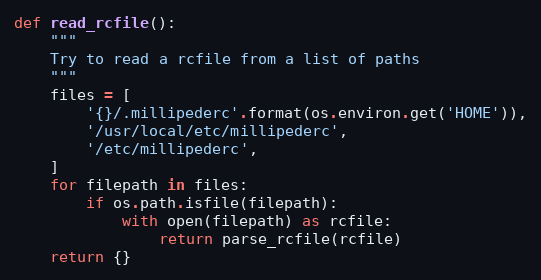
Language: Python
def read_rcfile():
    """
    Try to read a rcfile from a list of paths
    """
    files = [
        '{}/.millipederc'.format(os.environ.get('HOME')),
        '/usr/local/etc/millipederc',
        '/etc/millipederc',
    ]
    for filepath in files:
        if os.path.isfile(filepath):
            with open(filepath) as rcfile:
                return parse_rcfile(rcfile)
    return {}